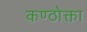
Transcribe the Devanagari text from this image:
कण्ठोक्ता